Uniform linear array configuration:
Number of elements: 12
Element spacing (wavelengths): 0.75
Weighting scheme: uniform
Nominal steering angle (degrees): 15
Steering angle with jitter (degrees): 13.114
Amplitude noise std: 0.05
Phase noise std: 0.05

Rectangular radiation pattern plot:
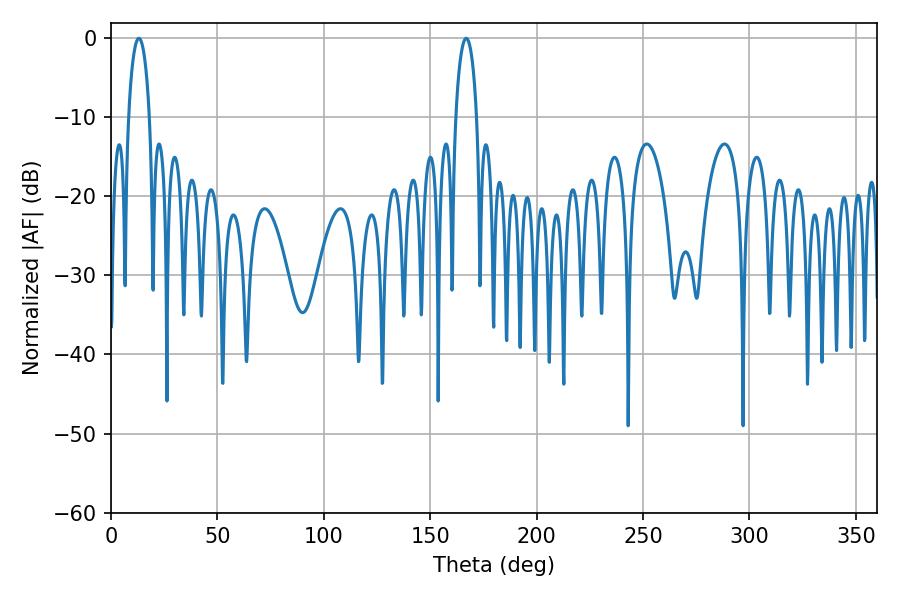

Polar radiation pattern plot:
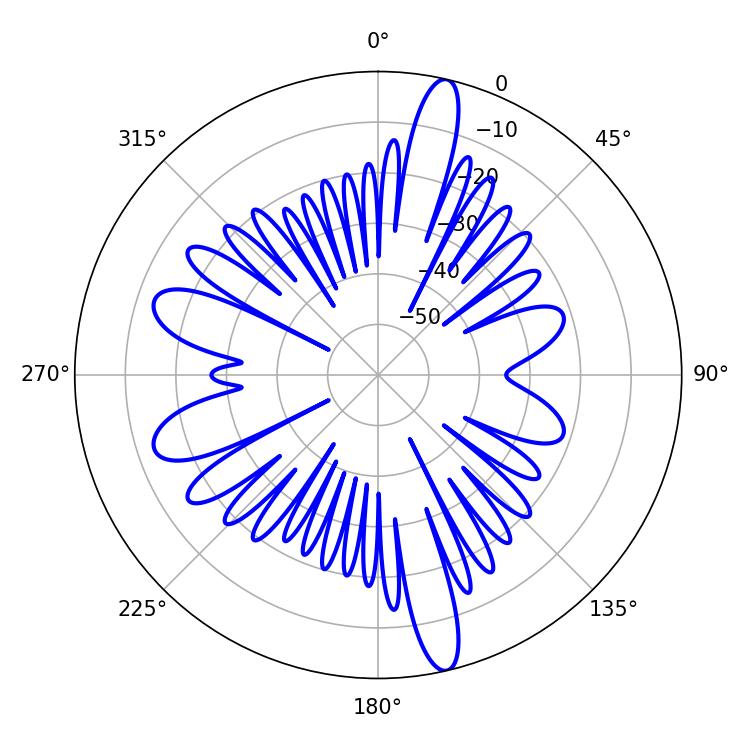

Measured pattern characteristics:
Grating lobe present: TRUE
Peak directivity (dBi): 17.899
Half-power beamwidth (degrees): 5.58
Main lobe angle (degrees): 13.14